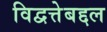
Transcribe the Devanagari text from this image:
विद्वत्तेबद्दल